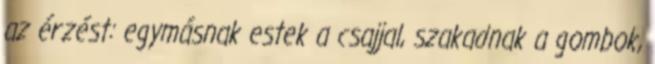
az érzést: egymásnak estek a csajjal, szakadnak a gombok,